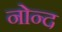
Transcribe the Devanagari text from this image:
नोन्द